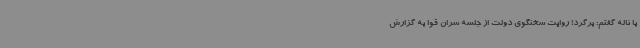
با ناله گفتم: برگرد! روایت سخنگوی دولت از جلسه سران قوا به گزارش